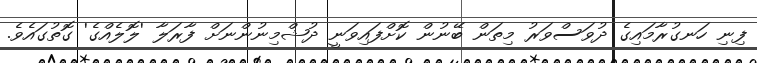
ފިނި ހަނގުރާމައިގެ ދުވަސްވަރު މިތަން ބޭނުން ކޮށްފައިވަނީ ދުޝްމިނުންނަށް ފާރަލާ 'ލޮލެއްގެ' ގޮތުގައެވެ.